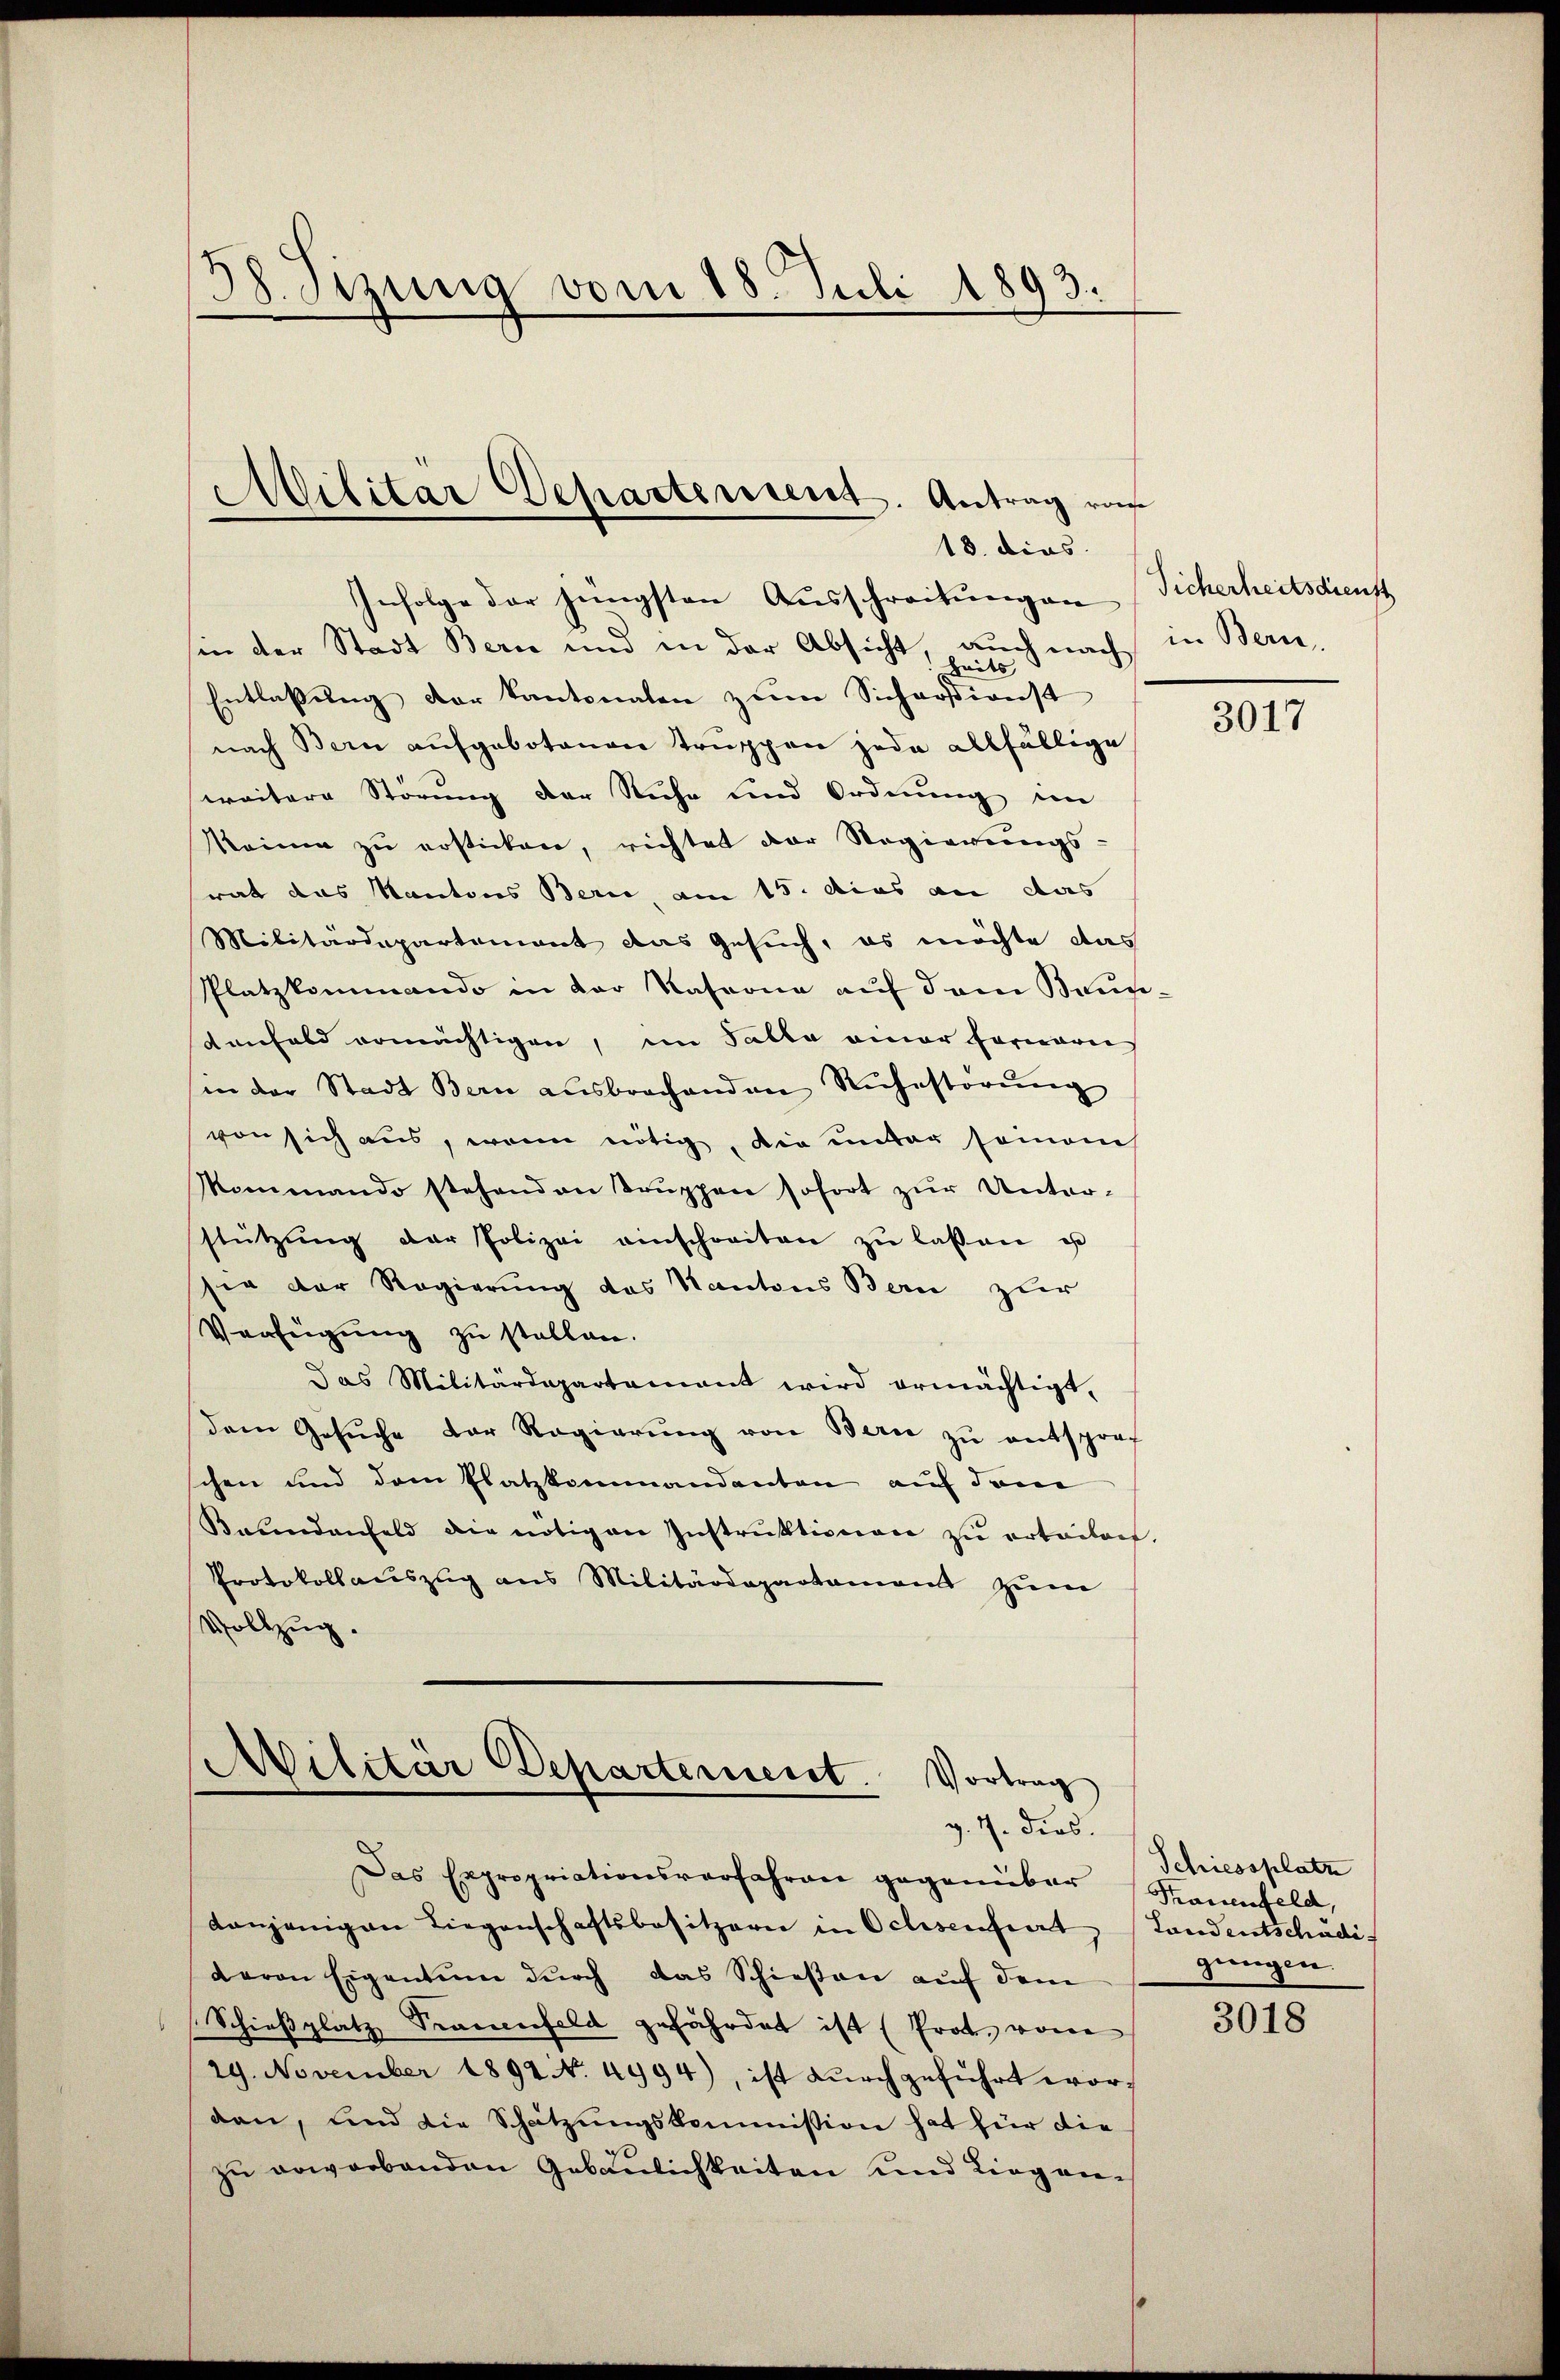
38. Sizung vom 18. Juli 1893.

Militär Departement. Antrag von
13. dies

Infolge der jüngsten Ausschreitungen
in der Stadt Bern und in der Absicht, auch nach
Zeits
Entlassung der kantonaten zum Sicharsionst
nach Bern aufgebotenen Truppen jede allfällige
weitere Störung der Ruhe und Ordnung im
Rainen zu ersticken, richtet der Regierungs-
rat das Kantons Beric, am 15. das an das
Militärdepartement das Gesuch, es möchte das
Platzkommando in der Kaserne aŭf dem Bruntenfeld ermächtigen, im Falle einer Fernerei
in der Stadt Bern aŭsbrochenden Rŭhestörŭng
von sich aus, wenn nötig, die unter seinem
Mommando stehenden Truppen sofort zur Unterstützŭng der Polizei anschreiten zŭ lassen us
sie der Regierung des Kantons Bern zur
Verfügung zu stellen.
das Militärdepartement wird ermächtigt.
dem Gesŭche der Regierŭng von Bern zŭ entsprof
schen und dem Platzkommandanten auf dem
Beundenfeld die nötigen Instrŭktionen zŭ ertaion.
Protokollaŭszŭg ans Militärdepartamand zŭm
Vollzug.

Militar Departement. Vortrag
g. 7. dies.

Das Expropriationsverfahren gegenüber
denjenigen Liegenschaftsbesitzern in Ochsenfert
davon Eigentum durch das Schießen auf dem
Schießplatz Trauenfeld gefährdet ist (Prot. von
29. November 1894 N. 4994), ist dŭrchgeführt worden, und die Schätzungskommission hat für die
zu erworbenden Gebäulichkeiten und Liegen¬

Sicherheitsdienst
in Bern.

3017

Schiessplatz
Trauenfeld,
Landentschädigungen.

3018